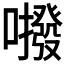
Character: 𱕕